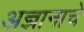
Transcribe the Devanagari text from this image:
अज्ञानाचे